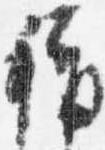
称